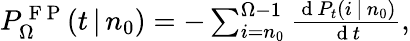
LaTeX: \begin{array}{r}{P_{\Omega}^{\mathrm{~F~P~}}(t\, |\, n_{0})=-\sum_{i=n_{0}}^{\Omega-1}\frac{\mathrm{~d~}P_{t}(i\, |\, n_{0})}{\mathrm{~d~}t},}\end{array}